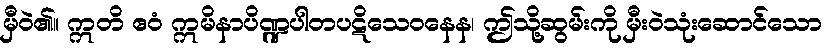
မှီဝဲ၏။ ဣတိ ဧဝံ ဣမိနာပိဏ္ဍပါတပဋိသေဝနေန၊ ဤသို့ဆွမ်းကို မှီးဝဲသုံးဆောင်သော